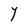
Character: Y